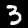
Label: 3